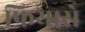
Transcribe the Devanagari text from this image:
फियारो